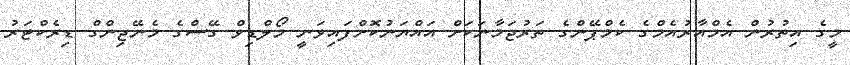
މީގެ އިތުރުން އެމްއާރުއެމްގެ ކެމްޕޭންގެ ތަރުޖަމާނަކަށް އައްޔަނުކޮށްފައިވަނީ މޯލްޑިވް ގޭސްގެ މެނޭޖިންގް ޑިރެކްޓަރު